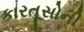
કારતૂસોની